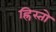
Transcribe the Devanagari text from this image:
ह्रिस्तो